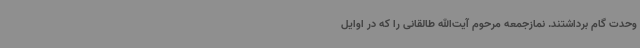
وحدت گام برداشتند. نمازجمعه مرحوم آیت‌الله طالقانی را که در اوایل